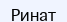
Ринат